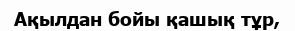
Ақылдан бойы қашық тұр,